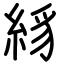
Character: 絼